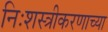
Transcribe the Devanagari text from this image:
निःशस्त्रीकरणाच्या